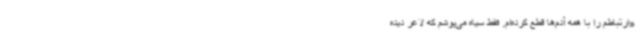
«ارتباطم را با همه آدم‌ها قطع کرده‌ام. فقط سیاه می‌پوشم که لاغر دیده